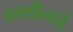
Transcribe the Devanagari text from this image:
काशीताई